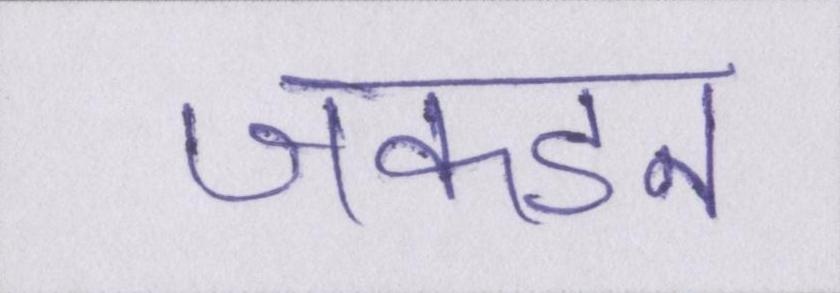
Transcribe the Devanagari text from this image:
जकडन